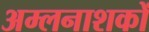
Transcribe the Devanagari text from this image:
अम्लनाशकों